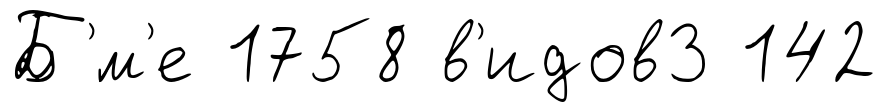
Б'́м'е 1758 в'идов3 142